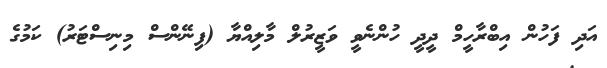
އަދި ފަހުން އިބްރާހީމް ދީދީ ހުންނެވީ ވަޒީރުލް މާލިއްޔާ (ފިނޭންސް މިނިސްޓަރު) ކަމުގެ